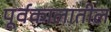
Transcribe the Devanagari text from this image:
पूर्वकालातील